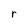
Character: r